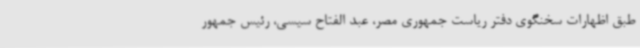
طبق اظهارات سخنگوی دفتر ریاست جمهوری مصر، عبد الفتاح سیسی، رئیس جمهور